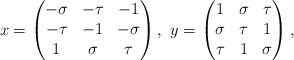
\begin{align*}x=\begin{pmatrix} -\sigma & -\tau & -1\\-\tau & -1 &-\sigma\\ 1 & \sigma& \tau \end{pmatrix}, \ y=\begin{pmatrix} 1 &\sigma&\tau \\ \sigma& \tau & 1\\ \tau & 1 & \sigma \end{pmatrix},\end{align*}